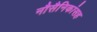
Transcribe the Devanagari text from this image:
नौसैनिकांसह